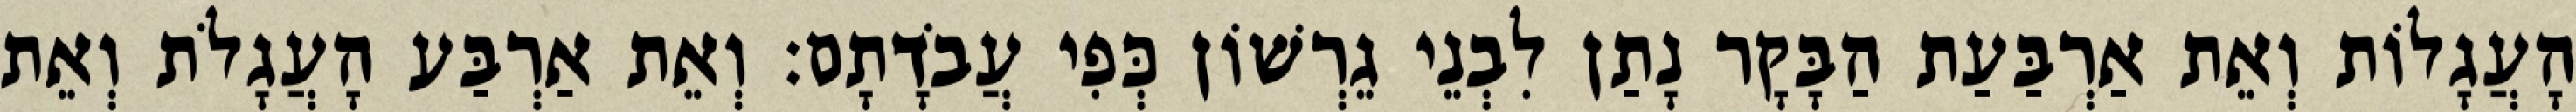
הָעֲגָלוֹת וְאֵת אַרְבַּעַת הַבָּקָר נָתַן לִבְנֵי גֵרְשׁוֹן כְּפִי עֲבֹדָתָם׃ וְאֵת אַרְבַּע הָעֲגָלֹת וְאֵת